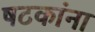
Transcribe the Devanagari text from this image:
षटकांना